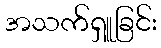
အသက်ရှူခြင်း